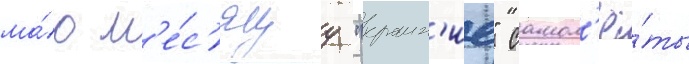
ма́ю м'е́с'яцу "краин'ие" самол'ё́ты